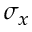
\sigma _ { x }